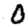
Digit: 0